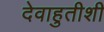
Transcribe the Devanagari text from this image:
देवाहुतीशी